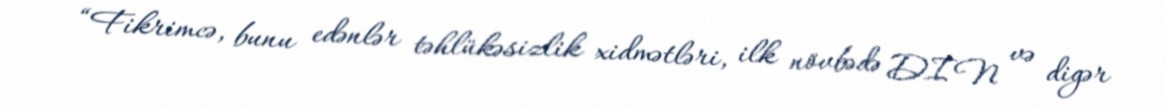
“Fikrimcə, bunu edənlər təhlükəsizlik xidmətləri, ilk növbədə DİN və digər